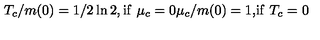
\begin{matrix} { T _ { c } / m ( 0 ) = 1 / 2 \ln 2 , } & { \mathrm { i f } \ } & { \mu _ { c } = 0 } \\ { \mu _ { c } / m ( 0 ) = 1 , } & { \mathrm { i f } \ } & { T _ { c } = 0 } \\ \end{matrix}